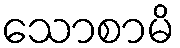
သောစာမိ